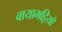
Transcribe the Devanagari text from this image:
वायाभट्ठियों